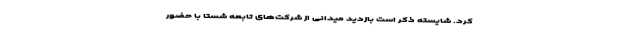
کرد. شایسته ذکر است بازدید میدانی از شرکت‌های تابعه شستا با حضور